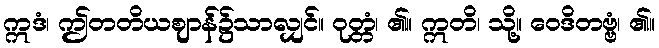
ဣဒံ၊ ဤတတိယဈာန်၌သာလျှင်။ ဝုတ္တံ၊ ၏။ ဣတိ၊ သို့။ ဝေဒိတဗ္ဗံ၊ ၏။